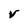
Character: v